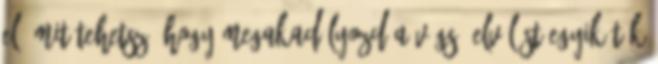
el, mit tehetsz, hogy megakadályozd a végső elválást Egyikőtök